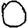
Digit: 0